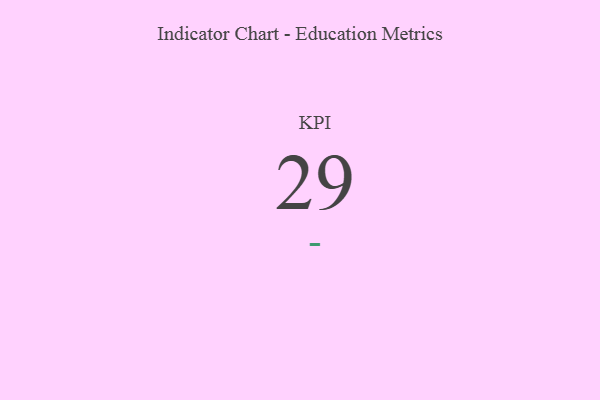
{"axis": {"x": "KPI", "y": "Value"}, "legend": [""], "data": [{"x": "KPI", "y": 29, "type": ""}]}